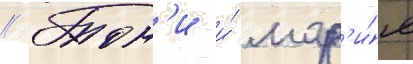
// Тон'и и́ мар'и́я